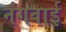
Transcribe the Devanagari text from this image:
नगवाई